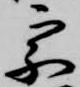
宗